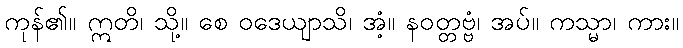
ကုန်၏။ ဣတိ၊ သို့။ စေ ဝဒေယျာသိ၊ အံ့။ နဝတ္တဗ္ဗံ၊ အပ်။ ကသ္မာ၊ ကား။